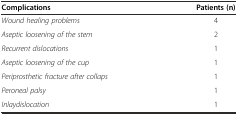
| Complications | Patients (n) |
 | --- | --- |
 | Wound healing problems | 4 |
 | Aseptic loosening of the stem | 2 |
 | Recurrent dislocations | 1 |
 | Aseptic loosening of the cup | 1 |
 | Periprosthetic fracture after collaps | 1 |
 | Peroneal palsy | 1 |
 | Inlaydislocation | 1 |